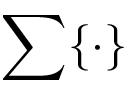
\sum \{ \cdot \}